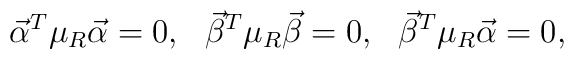
{\vec\alpha}^T\mu_R{\vec\alpha}=0,\ \ {\vec\beta}^T\mu_R{\vec\beta}=0,\ \ {\vec\beta}^T\mu_R{\vec\alpha}=0,